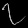
Digit: ၇